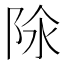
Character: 𨹉